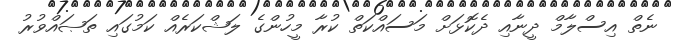
ނެތް އިސްލާމް ދީނާއި ދެކޮޅަށް މަސައްކަތް ކުރާ މީހުންގެ ލަޝްކަރެއް ކަމުގައި ތަޞައްވުރު